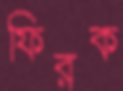
ফিরক